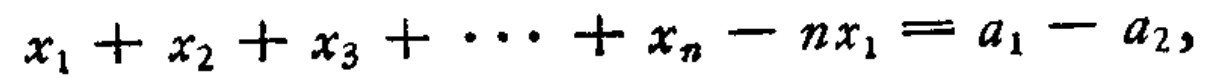
\(x_{1}+x_{2}+x_{3}+\cdots +x_{n}-nx_{1}=a_{1}-a_{2},\)